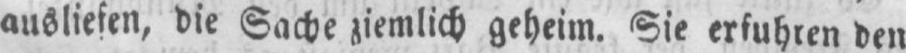
ausliefen, die Sache ziemlich geheim. Sie erfuhren den